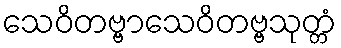
သေဝိတဗ္ဗာသေဝိတဗ္ဗသုတ္တံ